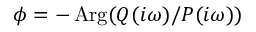
\phi = - \operatorname { A r g } ( Q ( i \omega ) / P ( i \omega ) )